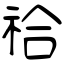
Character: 祫